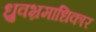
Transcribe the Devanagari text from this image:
ध्रुवभ्रमाधिकार